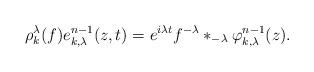
LaTeX: \begin{align*} \rho^{\lambda}_{k}(f)e^{n-1}_{k,\lambda}(z,t)= e^{i \lambda t} f^{-\lambda} \ast_{-\lambda} \varphi_{k,\lambda}^{n-1}(z).\end{align*}